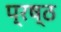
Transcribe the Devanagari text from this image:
प्रष्ठ